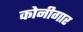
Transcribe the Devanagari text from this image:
कोनीगार